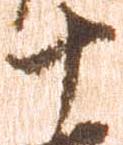
十